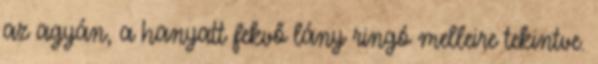
az agyán, a hanyatt fekvő lány ringó melleire tekintve.